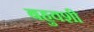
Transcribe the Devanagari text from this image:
बहुवशी